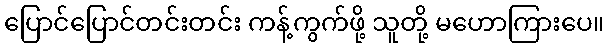
ပြောင်ပြောင်တင်းတင်း ကန့်ကွက်ဖို့ သူတို့ မဟောကြားပေ။